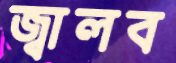
জ্বালব